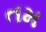
તમ